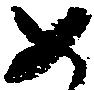
め